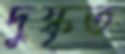
দুষ্কৃত